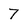
Character: 7